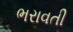
ભરાવતી